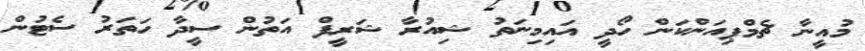
މުއީނާ ޗެމްޕިއަންކަން ހޯދީ އައިމިނަތު ޝިއުރާ ޝަރީފް އަތުން ސީދާ ހަތަރު ސެޓުން